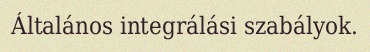
Általános integrálási szabályok.